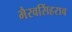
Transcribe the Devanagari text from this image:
भैरवसिंहराव